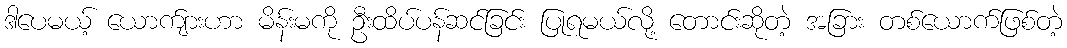
ဒါပေမယ့် ယောက်ျားဟာ မိန်းမကို ဦးထိပ်ပန်ဆင်ခြင်း ပြုရမယ်လို့ တောင်းဆိုတဲ့ အခြား တစ်ယောက်ဖြစ်တဲ့